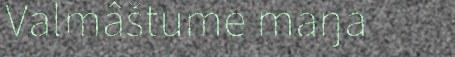
Valmâštume maŋa